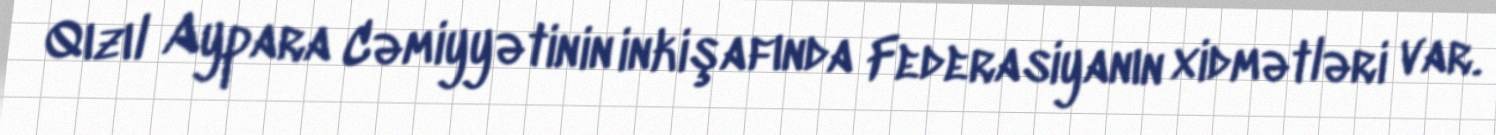
Qızıl Aypara Cəmiyyətinin inkişafında Federasiyanın xidmətləri var.